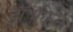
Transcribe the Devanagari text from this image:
ड्रॉपकिक